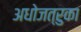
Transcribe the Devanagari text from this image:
अधोजत्रुका